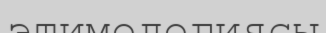
этимологиясы